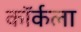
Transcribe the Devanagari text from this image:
कॉर्कला